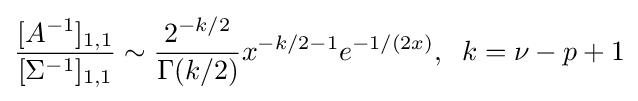
{\frac {[A^{-1}]_{1,1}}{[\Sigma ^{-1}]_{1,1}}}\sim {\frac {2^{-k/2}}{\Gamma (k/2)}}x^{-k/2-1}e^{-1/(2x)},\;\;k=\nu -p+1